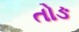
તોઙ